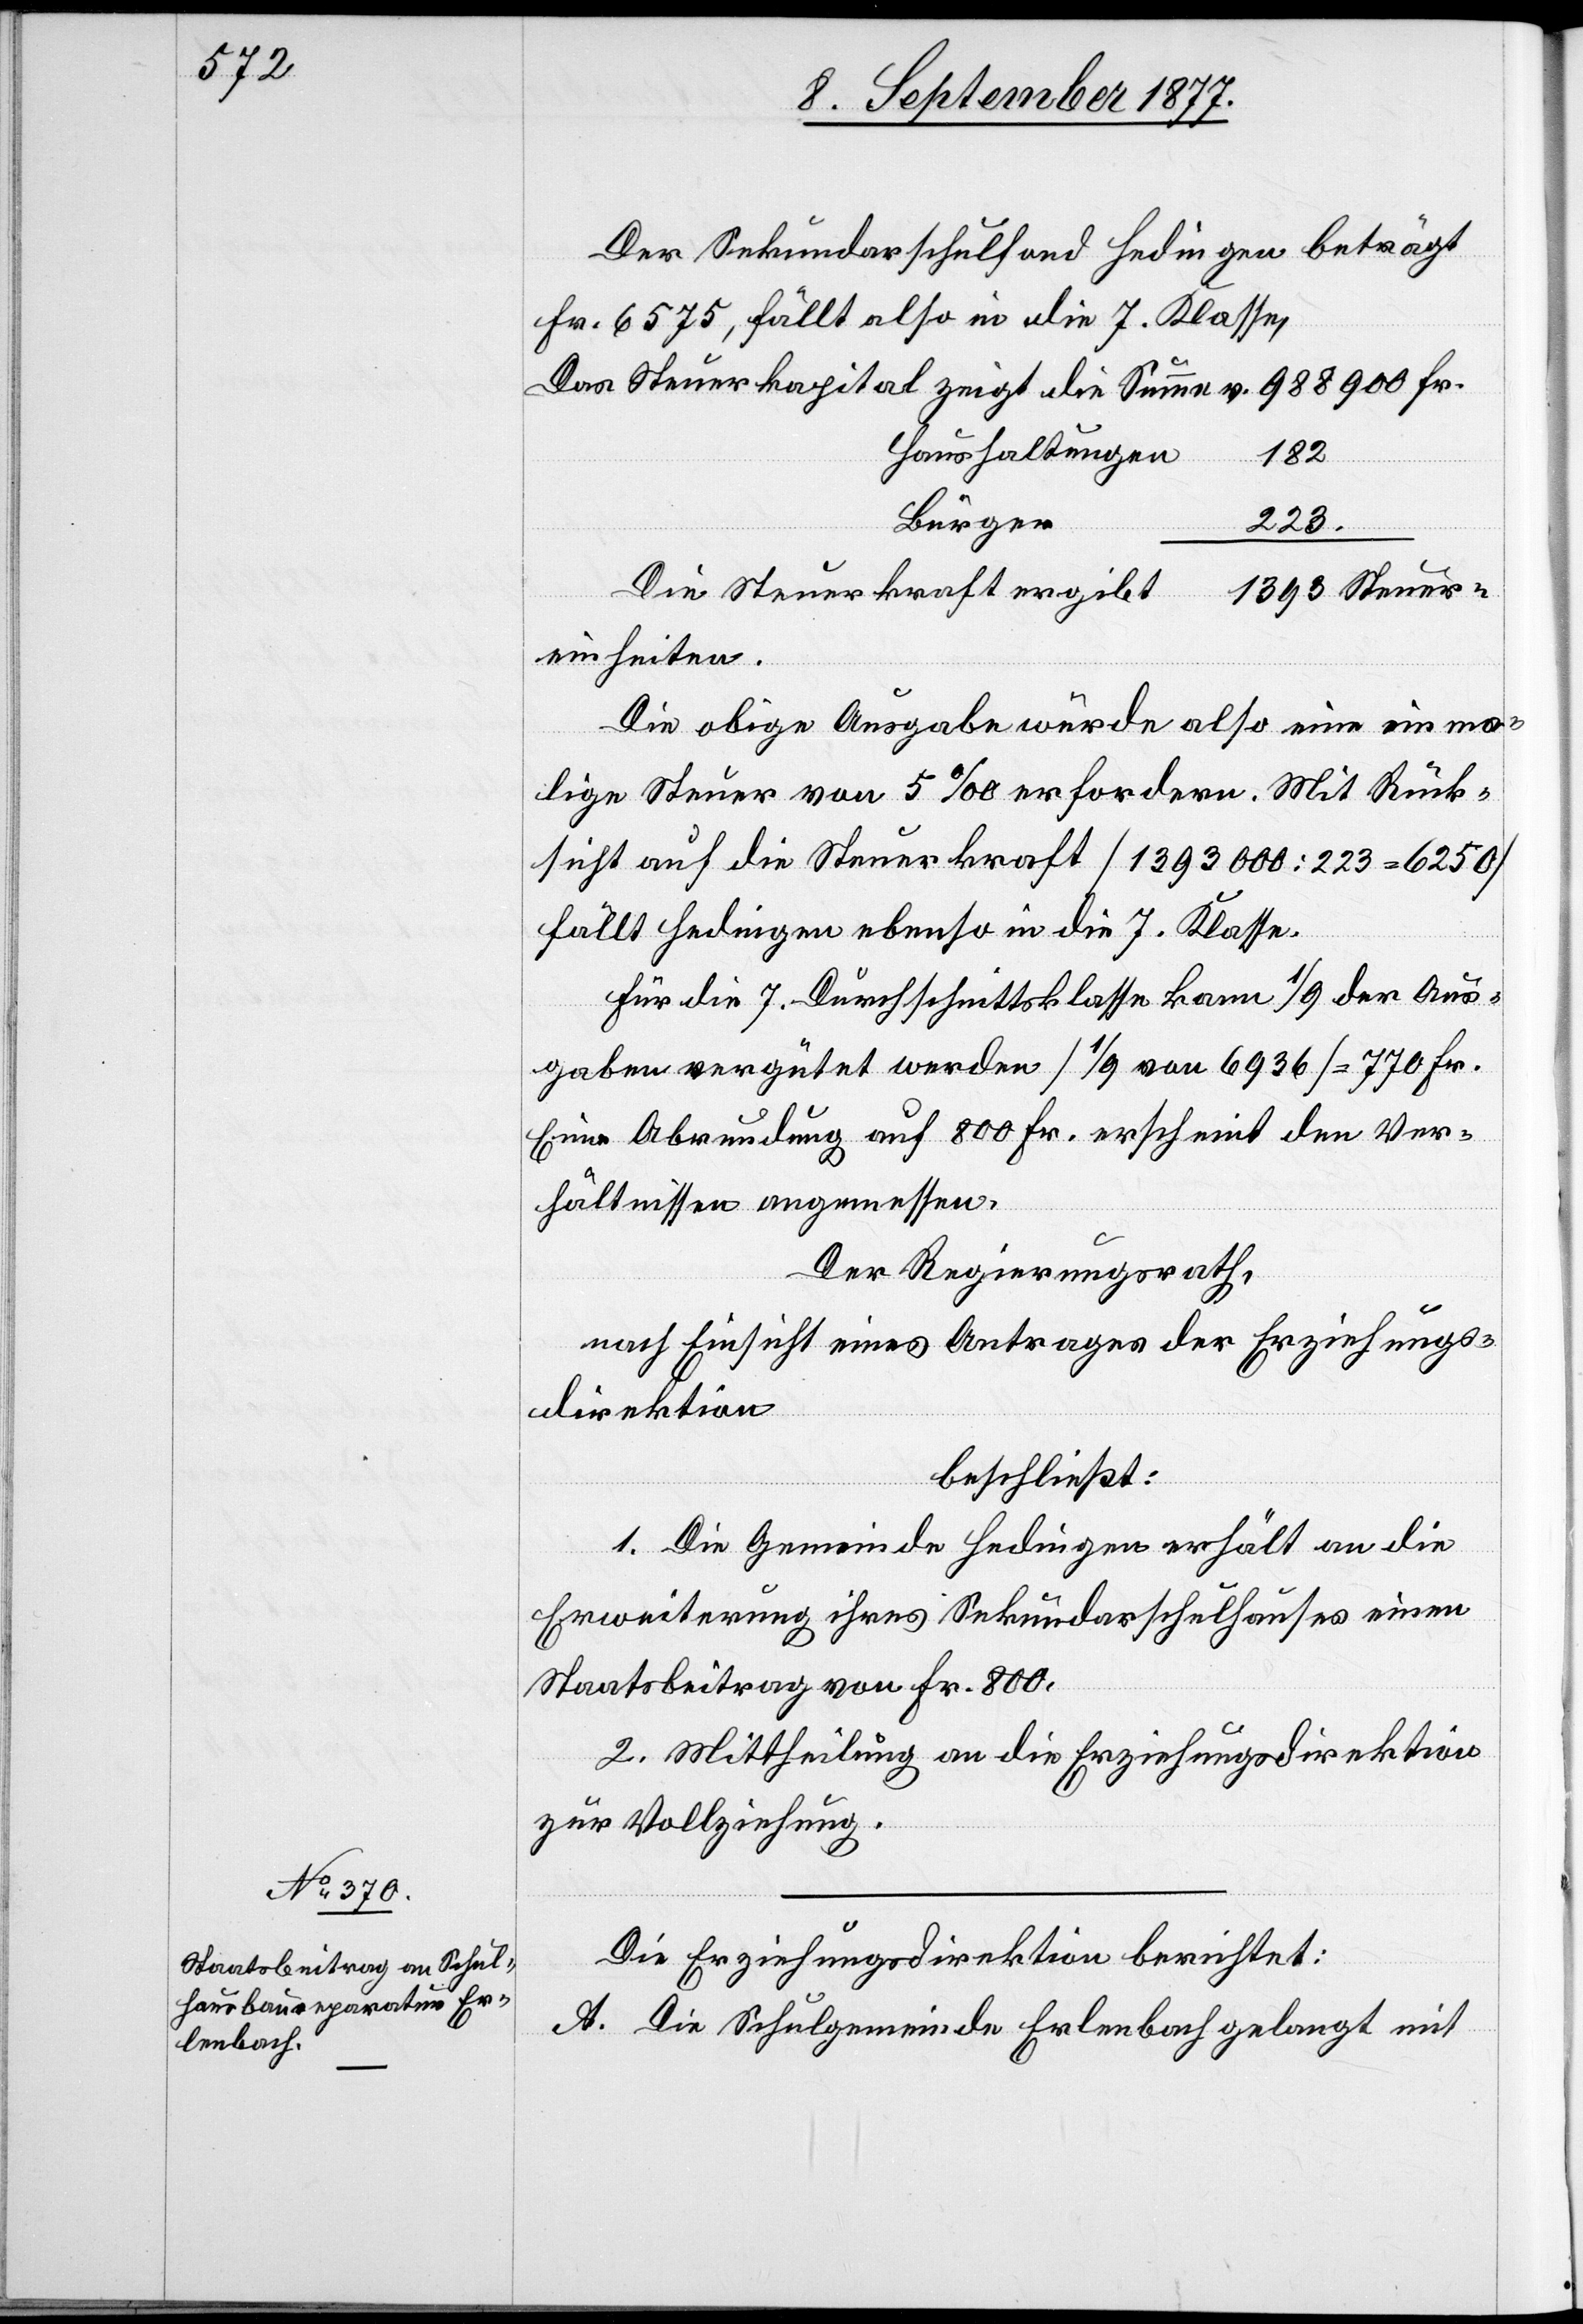
Der Sekundarschulfond Hedingen beträgt
Fr. 6575, fällt also in die 7. Klasse,
988 900 Fr.
Das Steuerkapital zeigt die Summe v.
Haushaltungen
182
Bürger
223.
Die Steuerkraft ergibt
1393 Steuer¬
einheiten.
Die obige Ausgabe würde also eine einma¬
lige Steuer von 5‰ erfordern. Mit Rück¬
sicht auf die Steuerkraft [1 393 000 : 223 = 6250]
fällt Hedingen ebenso in die 7. Klasse.
Für die 7. Durchschnittsklasse kann 1/9 der Aus¬
gaben vergütet werden [1/9 von 6936] = 770 Fr.
Eine Abrundung [sic!] auf 800 Fr. erscheint den Ver¬
hältnissen angemessen.
Der Regierungsrath,
nach Einsicht eines Antrages der Erziehungs¬
direktion
beschließt:
1. Die Gemeinde Hedingen erhält an die
Erweiterung ihres Sekundarschulhauses einen
Staatsbeitrag von Fr. 800.
2. Mittheilung an die Erziehungsdirektion
zur Vollziehung.